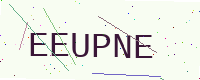
Text: EEUPNE